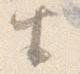
半